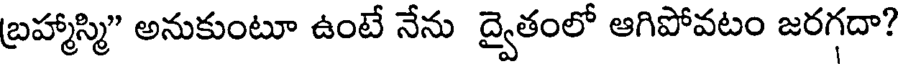
బ్రహ్మాస్మి" అనుకుంటూ ఉంటే నేను ద్వైతంలో ఆగిపోవటం జరగదా?